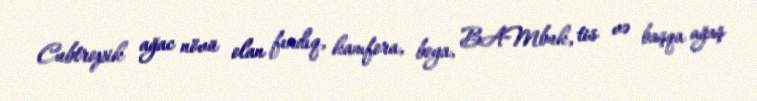
Cubtropik ağac növü olan fındıq, kamfora, boya, BAMbuk, tis və başqa ağaş